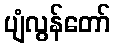
ပျံလွန်တော်